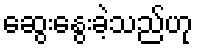
ဆွေးနွေးခဲ့သည်ဟု